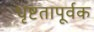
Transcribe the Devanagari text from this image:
धृष्टतापूर्वक